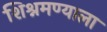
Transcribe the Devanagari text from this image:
शिश्नमण्याला